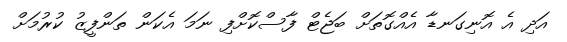
އަދި އެ އޮނިގަނޑާ އެއްގޮތަށް ބަޖެޓް ފާސްކޮށްފި ނަމަ އެކަން ތަންފީޒު ކުރުމަށް